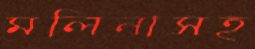
মলিনাসহ